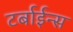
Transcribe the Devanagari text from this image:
टर्बाईन्स